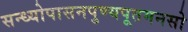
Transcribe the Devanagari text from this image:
सन्ध्योपासनपुण्यपूतमनसो